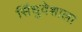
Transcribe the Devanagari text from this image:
सिंधुदेशाला